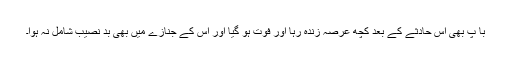
با پ بھی اس حادثے کے بعد کچھ عرصہ زندہ رہا اور فوت ہو گیا اور اس کے جنازے میں بھی بد نصیب شامل نہ ہوا۔